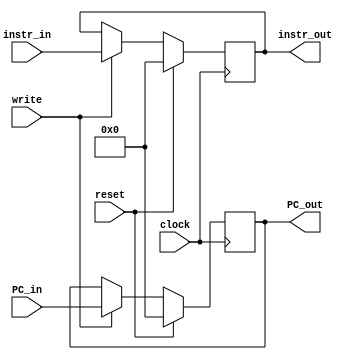
//A single register

module IF_ID(
	input wire [31:0] PC_in, 
	output reg [31:0] PC_out,
    input wire [31:0] instr_in,
    output reg [31:0] instr_out,
	input wire reset,
	input wire write,
    input wire clock);

    always @(posedge clock) begin
        if (reset == 1'b1) begin //clears register
            instr_out <= 32'h0;
			PC_out<=0;
        end else if (write == 1'b1) begin
            instr_out <= instr_in;
			PC_out<=PC_in;
        end else begin
            instr_out <= instr_out;
			PC_out<=PC_out;
        end
    end

endmodule